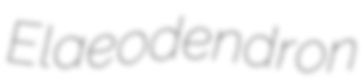
Elaeodendron